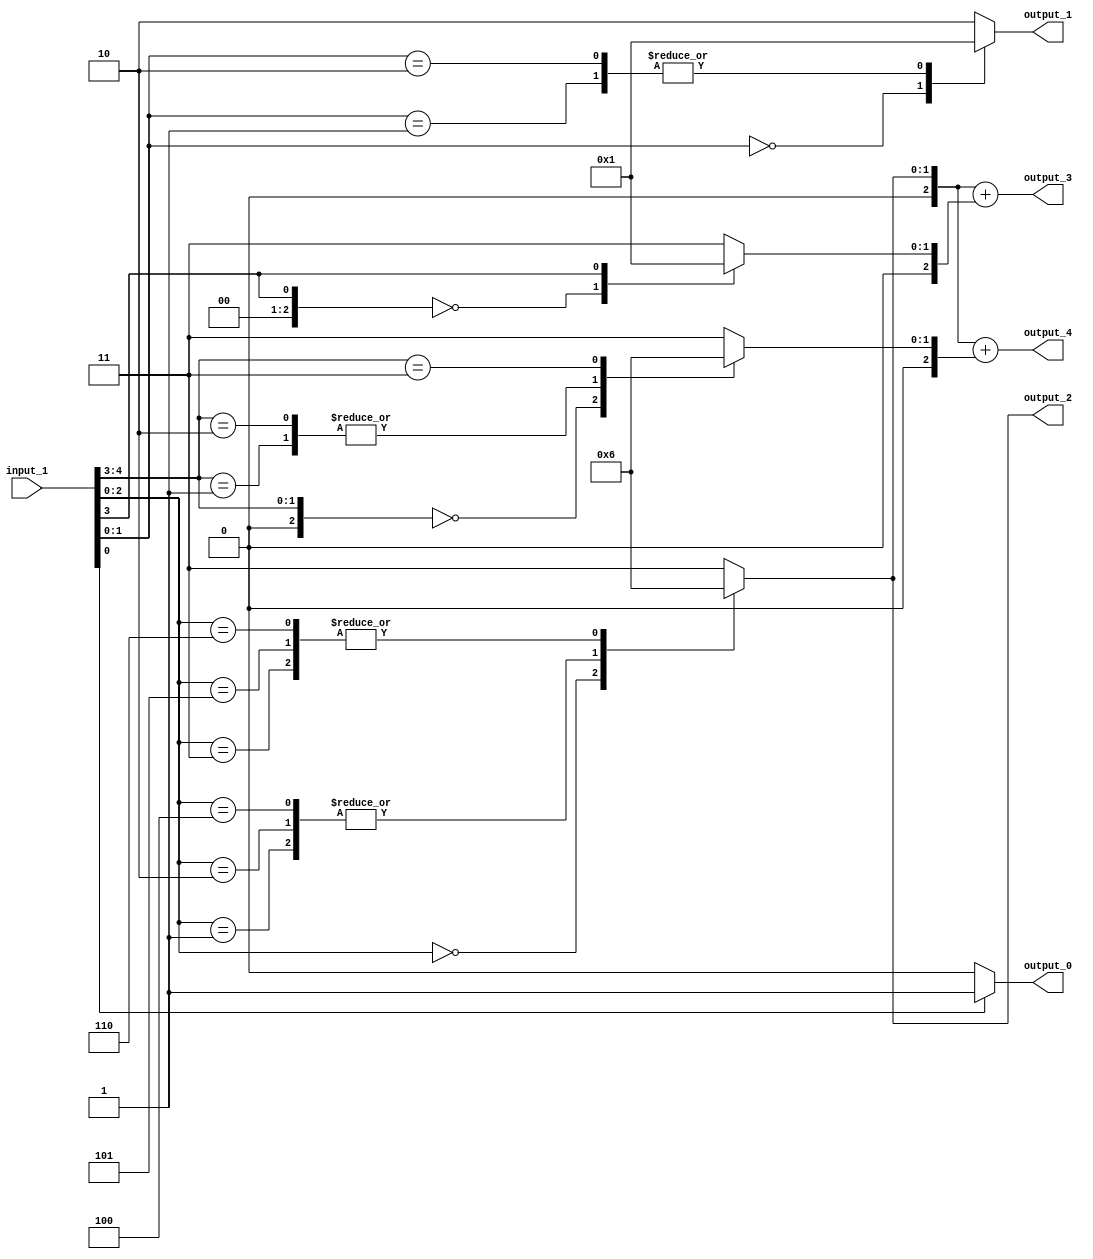
// Generator : SpinalHDL v1.4.3    git head : adf552d8f500e7419fff395b7049228e4bc5de26
// Component : unnamed
// Git hash  : adf552d8f500e7419fff395b7049228e4bc5de26



module unnamed (
  input      [4:0]    input_1,
  output     [0:0]    output_0,
  output     [1:0]    output_1,
  output     [1:0]    output_2,
  output     [2:0]    output_3,
  output     [2:0]    output_4
);
  reg        [0:0]    _zz_21;
  reg        [1:0]    _zz_22;
  reg        [1:0]    _zz_23;
  reg        [2:0]    _zz_24;
  reg        [2:0]    _zz_25;
  reg        [2:0]    _zz_26;
  reg        [2:0]    _zz_27;
  wire       [0:0]    _zz_28;
  wire       [2:0]    _zz_29;
  wire       [1:0]    _zz_30;
  wire       [2:0]    _zz_31;
  wire       [0:0]    _zz_32;
  wire       [1:0]    _zz_33;
  wire       [2:0]    _zz_34;
  wire       [2:0]    _zz_35;
  wire       [2:0]    _zz_36;
  wire                _zz_1;
  wire                _zz_2;
  wire                _zz_3;
  wire                _zz_4;
  wire       [2:0]    _zz_5;
  wire       [2:0]    _zz_6;
  wire       [2:0]    _zz_7;
  wire       [2:0]    _zz_8;
  wire       [2:0]    _zz_9;
  wire       [2:0]    _zz_10;
  wire       [2:0]    _zz_11;
  wire       [2:0]    _zz_12;
  wire       [2:0]    _zz_13;
  wire       [2:0]    _zz_14;
  wire       [2:0]    _zz_15;
  wire       [2:0]    _zz_16;
  wire       [2:0]    _zz_17;
  wire       [2:0]    _zz_18;
  wire       [2:0]    _zz_19;
  wire       [2:0]    _zz_20;

  assign _zz_28 = _zz_4;
  assign _zz_29 = {2'd0, _zz_28};
  assign _zz_30 = {input_1[4],_zz_4};
  assign _zz_31 = {1'd0, _zz_30};
  assign _zz_32 = _zz_1;
  assign _zz_33 = {_zz_2,_zz_1};
  assign _zz_34 = {_zz_3,{_zz_2,_zz_1}};
  assign _zz_35 = {_zz_3,{_zz_2,_zz_1}};
  assign _zz_36 = {_zz_3,{_zz_2,_zz_1}};
  always @(*) begin
    case(_zz_32)
      1'b0 : begin
        _zz_21 = 1'b0;
      end
      default : begin
        _zz_21 = 1'b1;
      end
    endcase
  end

  always @(*) begin
    case(_zz_33)
      2'b00 : begin
        _zz_22 = 2'b00;
      end
      2'b01 : begin
        _zz_22 = 2'b01;
      end
      2'b10 : begin
        _zz_22 = 2'b01;
      end
      default : begin
        _zz_22 = 2'b10;
      end
    endcase
  end

  always @(*) begin
    case(_zz_34)
      3'b000 : begin
        _zz_23 = 2'b00;
      end
      3'b001 : begin
        _zz_23 = 2'b01;
      end
      3'b010 : begin
        _zz_23 = 2'b01;
      end
      3'b011 : begin
        _zz_23 = 2'b10;
      end
      3'b100 : begin
        _zz_23 = 2'b01;
      end
      3'b101 : begin
        _zz_23 = 2'b10;
      end
      3'b110 : begin
        _zz_23 = 2'b10;
      end
      default : begin
        _zz_23 = 2'b11;
      end
    endcase
  end

  always @(*) begin
    case(_zz_35)
      3'b000 : begin
        _zz_24 = _zz_5;
      end
      3'b001 : begin
        _zz_24 = _zz_6;
      end
      3'b010 : begin
        _zz_24 = _zz_7;
      end
      3'b011 : begin
        _zz_24 = _zz_8;
      end
      3'b100 : begin
        _zz_24 = _zz_9;
      end
      3'b101 : begin
        _zz_24 = _zz_10;
      end
      3'b110 : begin
        _zz_24 = _zz_11;
      end
      default : begin
        _zz_24 = _zz_12;
      end
    endcase
  end

  always @(*) begin
    case(_zz_29)
      3'b000 : begin
        _zz_25 = _zz_5;
      end
      3'b001 : begin
        _zz_25 = _zz_6;
      end
      3'b010 : begin
        _zz_25 = _zz_7;
      end
      3'b011 : begin
        _zz_25 = _zz_8;
      end
      3'b100 : begin
        _zz_25 = _zz_9;
      end
      3'b101 : begin
        _zz_25 = _zz_10;
      end
      3'b110 : begin
        _zz_25 = _zz_11;
      end
      default : begin
        _zz_25 = _zz_12;
      end
    endcase
  end

  always @(*) begin
    case(_zz_36)
      3'b000 : begin
        _zz_26 = _zz_13;
      end
      3'b001 : begin
        _zz_26 = _zz_14;
      end
      3'b010 : begin
        _zz_26 = _zz_15;
      end
      3'b011 : begin
        _zz_26 = _zz_16;
      end
      3'b100 : begin
        _zz_26 = _zz_17;
      end
      3'b101 : begin
        _zz_26 = _zz_18;
      end
      3'b110 : begin
        _zz_26 = _zz_19;
      end
      default : begin
        _zz_26 = _zz_20;
      end
    endcase
  end

  always @(*) begin
    case(_zz_31)
      3'b000 : begin
        _zz_27 = _zz_13;
      end
      3'b001 : begin
        _zz_27 = _zz_14;
      end
      3'b010 : begin
        _zz_27 = _zz_15;
      end
      3'b011 : begin
        _zz_27 = _zz_16;
      end
      3'b100 : begin
        _zz_27 = _zz_17;
      end
      3'b101 : begin
        _zz_27 = _zz_18;
      end
      3'b110 : begin
        _zz_27 = _zz_19;
      end
      default : begin
        _zz_27 = _zz_20;
      end
    endcase
  end

  assign _zz_1 = input_1[0];
  assign _zz_2 = input_1[1];
  assign _zz_3 = input_1[2];
  assign _zz_4 = input_1[3];
  assign output_0 = _zz_21;
  assign output_1 = _zz_22;
  assign output_2 = _zz_23;
  assign _zz_5 = 3'b000;
  assign _zz_6 = 3'b001;
  assign _zz_7 = 3'b001;
  assign _zz_8 = 3'b010;
  assign _zz_9 = 3'b001;
  assign _zz_10 = 3'b010;
  assign _zz_11 = 3'b010;
  assign _zz_12 = 3'b011;
  assign output_3 = (_zz_24 + _zz_25);
  assign _zz_13 = 3'b000;
  assign _zz_14 = 3'b001;
  assign _zz_15 = 3'b001;
  assign _zz_16 = 3'b010;
  assign _zz_17 = 3'b001;
  assign _zz_18 = 3'b010;
  assign _zz_19 = 3'b010;
  assign _zz_20 = 3'b011;
  assign output_4 = (_zz_26 + _zz_27);

endmodule